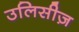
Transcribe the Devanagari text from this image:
उलिसीज़